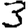
Digit: 3